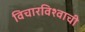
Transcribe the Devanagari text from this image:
विचारविश्वाची